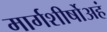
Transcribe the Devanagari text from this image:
मार्गशीर्षोअहं